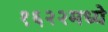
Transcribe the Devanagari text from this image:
१६२२मध्ये